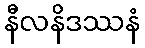
နီလနိဒဿနံ